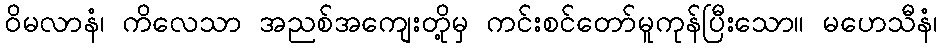
ဝိမလာနံ၊ ကိလေသာ အညစ်အကျေးတို့မှ ကင်းစင်တော်မူကုန်ပြီးသော။ မဟေသီနံ၊